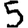
Digit: 5